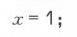
\(x = 1;\)